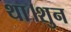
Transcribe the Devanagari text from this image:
था।शुन